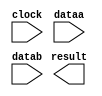
// megafunction wizard: %LPM_MULT%VBB%
// GENERATION: STANDARD
// VERSION: WM1.0
// MODULE: lpm_mult 

// ============================================================
// Megafunction Name(s):
// 			lpm_mult
//
// Simulation Library Files(s):
// 			lpm
// ============================================================
// ************************************************************
// THIS IS A WIZARD-GENERATED FILE. DO NOT EDIT THIS FILE!
//
// 18.1.0 Build 625 09/12/2018 SJ Standard Edition
// ************************************************************

//Copyright (C) 2018  Intel Corporation. All rights reserved.
//Your use of Intel Corporation's design tools, logic functions 
//and other software and tools, and its AMPP partner logic 
//functions, and any output files from any of the foregoing 
//(including device programming or simulation files), and any 
//associated documentation or information are expressly subject 
//to the terms and conditions of the Intel Program License 
//Subscription Agreement, the Intel Quartus Prime License Agreement,
//the Intel FPGA IP License Agreement, or other applicable license
//agreement, including, without limitation, that your use is for
//the sole purpose of programming logic devices manufactured by
//Intel and sold by Intel or its authorized distributors.  Please
//refer to the applicable agreement for further details.

module mult (
	clock,
	dataa,
	datab,
	result);

	input	  clock;
	input	[5:0]  dataa;
	input	[8:0]  datab;
	output	[14:0]  result;

endmodule

// ============================================================
// CNX file retrieval info
// ============================================================
// Retrieval info: PRIVATE: AutoSizeResult NUMERIC "1"
// Retrieval info: PRIVATE: B_isConstant NUMERIC "0"
// Retrieval info: PRIVATE: ConstantB NUMERIC "0"
// Retrieval info: PRIVATE: INTENDED_DEVICE_FAMILY STRING "Cyclone IV E"
// Retrieval info: PRIVATE: LPM_PIPELINE NUMERIC "1"
// Retrieval info: PRIVATE: Latency NUMERIC "1"
// Retrieval info: PRIVATE: SYNTH_WRAPPER_GEN_POSTFIX STRING "1"
// Retrieval info: PRIVATE: SignedMult NUMERIC "1"
// Retrieval info: PRIVATE: USE_MULT NUMERIC "1"
// Retrieval info: PRIVATE: ValidConstant NUMERIC "0"
// Retrieval info: PRIVATE: WidthA NUMERIC "6"
// Retrieval info: PRIVATE: WidthB NUMERIC "9"
// Retrieval info: PRIVATE: WidthP NUMERIC "15"
// Retrieval info: PRIVATE: aclr NUMERIC "0"
// Retrieval info: PRIVATE: clken NUMERIC "0"
// Retrieval info: PRIVATE: new_diagram STRING "1"
// Retrieval info: PRIVATE: optimize NUMERIC "0"
// Retrieval info: LIBRARY: lpm lpm.lpm_components.all
// Retrieval info: CONSTANT: LPM_HINT STRING "MAXIMIZE_SPEED=5"
// Retrieval info: CONSTANT: LPM_PIPELINE NUMERIC "1"
// Retrieval info: CONSTANT: LPM_REPRESENTATION STRING "SIGNED"
// Retrieval info: CONSTANT: LPM_TYPE STRING "LPM_MULT"
// Retrieval info: CONSTANT: LPM_WIDTHA NUMERIC "6"
// Retrieval info: CONSTANT: LPM_WIDTHB NUMERIC "9"
// Retrieval info: CONSTANT: LPM_WIDTHP NUMERIC "15"
// Retrieval info: USED_PORT: clock 0 0 0 0 INPUT NODEFVAL "clock"
// Retrieval info: USED_PORT: dataa 0 0 6 0 INPUT NODEFVAL "dataa[5..0]"
// Retrieval info: USED_PORT: datab 0 0 9 0 INPUT NODEFVAL "datab[8..0]"
// Retrieval info: USED_PORT: result 0 0 15 0 OUTPUT NODEFVAL "result[14..0]"
// Retrieval info: CONNECT: @clock 0 0 0 0 clock 0 0 0 0
// Retrieval info: CONNECT: @dataa 0 0 6 0 dataa 0 0 6 0
// Retrieval info: CONNECT: @datab 0 0 9 0 datab 0 0 9 0
// Retrieval info: CONNECT: result 0 0 15 0 @result 0 0 15 0
// Retrieval info: GEN_FILE: TYPE_NORMAL mult.v TRUE
// Retrieval info: GEN_FILE: TYPE_NORMAL mult.inc FALSE
// Retrieval info: GEN_FILE: TYPE_NORMAL mult.cmp FALSE
// Retrieval info: GEN_FILE: TYPE_NORMAL mult.bsf FALSE
// Retrieval info: GEN_FILE: TYPE_NORMAL mult_inst.v TRUE
// Retrieval info: GEN_FILE: TYPE_NORMAL mult_bb.v TRUE
// Retrieval info: GEN_FILE: TYPE_NORMAL mult_syn.v TRUE
// Retrieval info: LIB_FILE: lpm